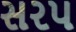
સરપ